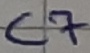
Text: C7